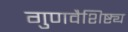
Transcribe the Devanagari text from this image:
गुणवैशिष्ट्य